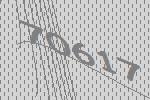
70617